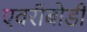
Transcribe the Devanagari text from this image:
एवरीबोडी